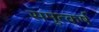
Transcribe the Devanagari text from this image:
समुत्कर्ष